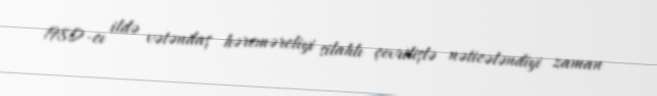
1980-cı ildə vətəndaş hərcmərcliyi silahlı çevrilişlə nəticələndiyi zaman